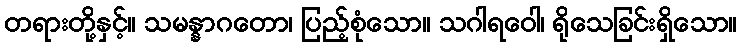
တရားတို့နှင့်။ သမန္နာဂတော၊ ပြည့်စုံသော။ သဂါရဝေါ၊ ရိုသေခြင်းရှိသော။